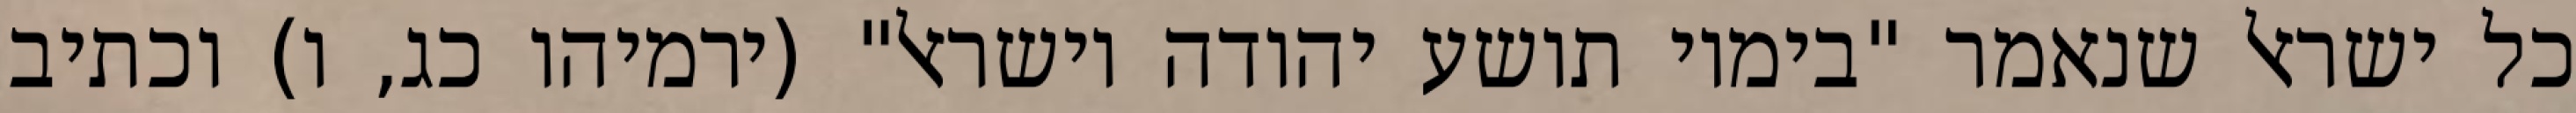
כל ישראל שנאמר "בימיו תושע יהודה וישראל" (ירמיהו כג, ו) וכתיב